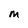
Character: N